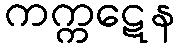
ကက္ကဋေန